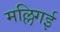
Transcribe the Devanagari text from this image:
मल्लिगई